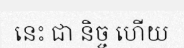
នេះ ជា និច្ច ហើយ